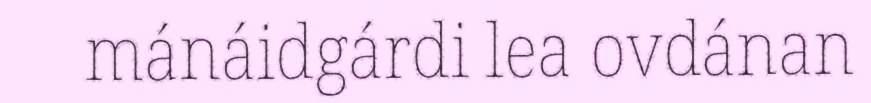
mánáidgárdi lea ovdánan